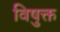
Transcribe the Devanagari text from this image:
विषुक्त